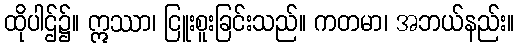
ထိုပါဌ်၌။ ဣဿာ၊ ငြူးစူးခြင်းသည်။ ကတမာ၊ အဘယ်နည်း။